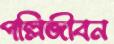
পল্লিজীবন